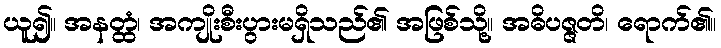
ယူ၍။ အနတ္ထံ၊ အကျိုးစီးပွားမရှိသည်၏ အဖြစ်သို့။ အဓိပဇ္ဇတိ၊ ရောက်၏။